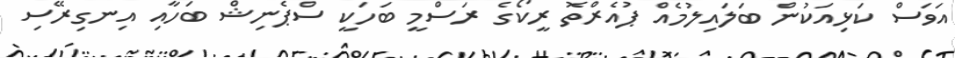
އަވަސް ކަޅިއަކުން ބަލައިލުމެއް ޕުއެރްތޮ ރީކޯގެ ރަސްމީ ބަހަކީ ސްޕެނިޝް ބަހާއި އިނގިރޭސި